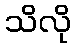
သိလို